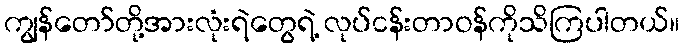
ကျွန်တော်တို့အားလုံးရဲတွေရဲ့ လုပ်ငန်းတာဝန်ကိုသိကြပါတယ်။